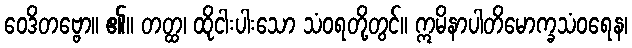
ဝေဒိတဗ္ဗော။ ၏။ တတ္ထ၊ ထိုငါးပါးသော သံဝရတို့တွင်။ ဣမိနာပါတိမောက္ခသံဝရေန၊